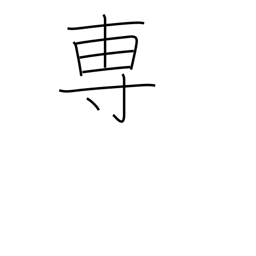
Meaning: mainly